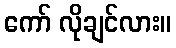
ကော် လိုချင်လား။